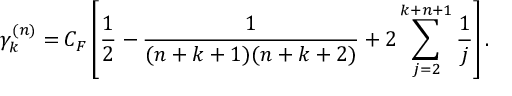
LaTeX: \gamma _ { k } ^ { ( n ) } = C _ { F } \left[ \frac 1 { 2 } - \frac 1 { ( n + k + 1 ) ( n + k + 2 ) } + 2 \sum _ { j = 2 } ^ { k + n + 1 } \frac 1 { j } \right] .